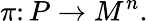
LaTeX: \pi\colon P\rightarrow M^{n}.